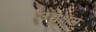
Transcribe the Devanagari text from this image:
उच्चक्षम